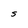
Character: S